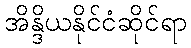
အိန္ဒိယနိုင်ငံဆိုင်ရာ